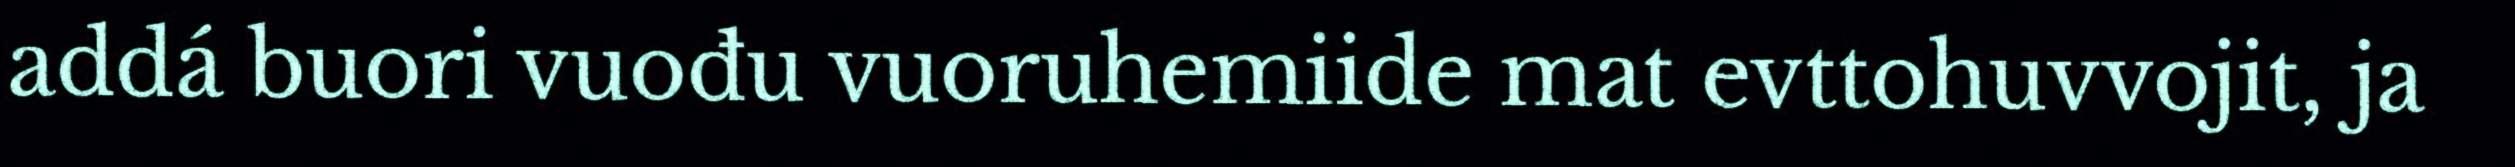
addá buori vuođu vuoruhemiide mat evttohuvvojit, ja